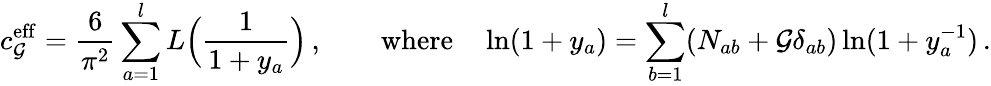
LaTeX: c_{\mathcal{G}}^{\mathrm{{eff}}}=\frac{{6}}{{\pi^{2}}}\sum_{a=1}^{l}L\Bigl(\frac{{1}}{{1+y_{a}}}\Bigr)\, ,\qquad\mathrm{{where}}\quad\ln(1+y_{a})=\sum_{b=1}^{l}(N_{ab}+\mathcal{G}\delta_{ab})\ln(1+y_{a}^{-1})\, .